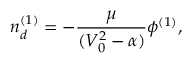
n _ { d } ^ { ( 1 ) } = - \frac { \mu } { ( V _ { 0 } ^ { 2 } - \alpha ) } \phi ^ { ( 1 ) } ,